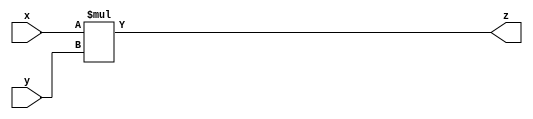
`timescale 1ns / 1ps
//////////////////////////////////////////////////////////////////////////////////
// Company: 
// Engineer: 
// 
// Design Name: 
// Module Name: MUL
// Project Name: 
// Target Devices: 
// Tool Versions: 
// Description: 
// 
// Dependencies: 
// 
// Revision:
// Revision 0.01 - File Created
// Additional Comments:
// 
//////////////////////////////////////////////////////////////////////////////////


module MUL(
    input [31:0] x, y,
    output [31:0] z
    );
    
    assign z = x*y;
endmodule